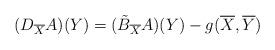
LaTeX: \begin{align*}(D_{\overline{X}}A)(Y)=(\tilde{B}_{\overline{X}}{A})(Y)-g(\overline{X},\overline{Y})\end{align*}